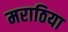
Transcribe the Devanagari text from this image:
मराठिया